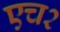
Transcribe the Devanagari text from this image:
एच२